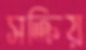
সক্রিয়